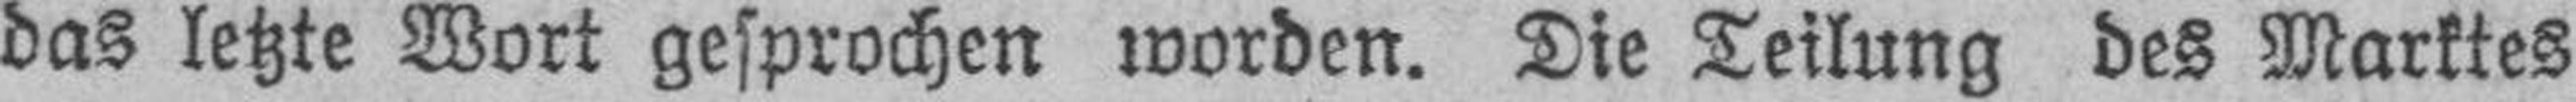
das letzte Wort gesprochen worden. Die Teilung des Marktes